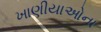
ખાણીયાઓના